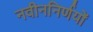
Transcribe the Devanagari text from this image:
नवीननिर्णयों